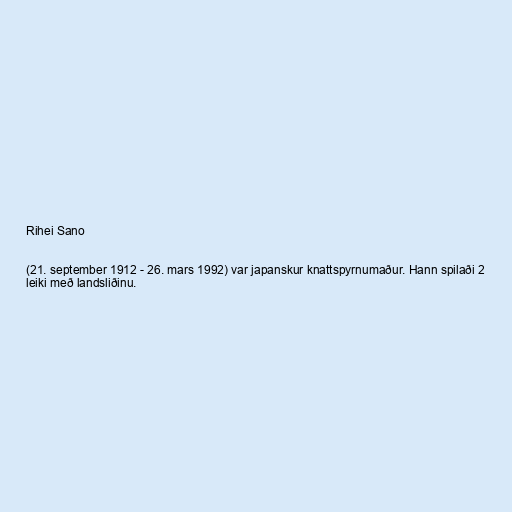
Rihei Sano

(21. september 1912 - 26. mars 1992) var japanskur knattspyrnumaður. Hann spilaði 2
leiki með landsliðinu.